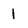
Character: 1